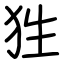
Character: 狌